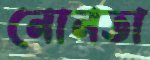
নোনতা